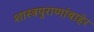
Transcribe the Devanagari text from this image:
शास्त्रपुराणांबाहेर